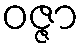
ဝဇ္ဇာ